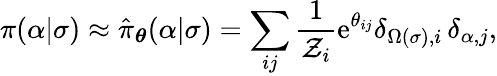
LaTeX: \pi(\alpha\vert\sigma)\approx\hat{\pi}_{\boldsymbol{\theta}}(\alpha\vert\sigma)=\sum_{ij}\frac{1}{\mathcal{Z}_{i}}\mathrm{e}^{\theta_{ij}}\delta_{\Omega(\sigma),i}\, \delta_{\alpha,j},